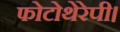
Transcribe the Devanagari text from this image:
फोटोथेरेपी।